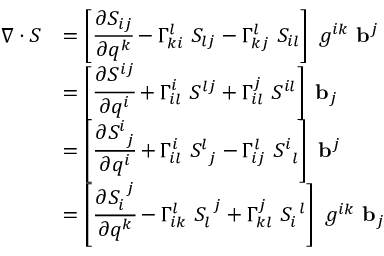
{ \begin{array} { r l } { { \boldsymbol { \nabla } } \cdot { \boldsymbol { S } } } & { = \left[ { \cfrac { \partial S _ { i j } } { \partial q ^ { k } } } - \Gamma _ { k i } ^ { l } ~ S _ { l j } - \Gamma _ { k j } ^ { l } ~ S _ { i l } \right] ~ g ^ { i k } ~ \mathbf { b } ^ { j } } \\ & { = \left[ { \cfrac { \partial S ^ { i j } } { \partial q ^ { i } } } + \Gamma _ { i l } ^ { i } ~ S ^ { l j } + \Gamma _ { i l } ^ { j } ~ S ^ { i l } \right] ~ \mathbf { b } _ { j } } \\ & { = \left[ { \cfrac { \partial S _ { ~ j } ^ { i } } { \partial q ^ { i } } } + \Gamma _ { i l } ^ { i } ~ S _ { ~ j } ^ { l } - \Gamma _ { i j } ^ { l } ~ S _ { ~ l } ^ { i } \right] ~ \mathbf { b } ^ { j } } \\ & { = \left[ { \cfrac { \partial S _ { i } ^ { ~ j } } { \partial q ^ { k } } } - \Gamma _ { i k } ^ { l } ~ S _ { l } ^ { ~ j } + \Gamma _ { k l } ^ { j } ~ S _ { i } ^ { ~ l } \right] ~ g ^ { i k } ~ \mathbf { b } _ { j } } \end{array} }